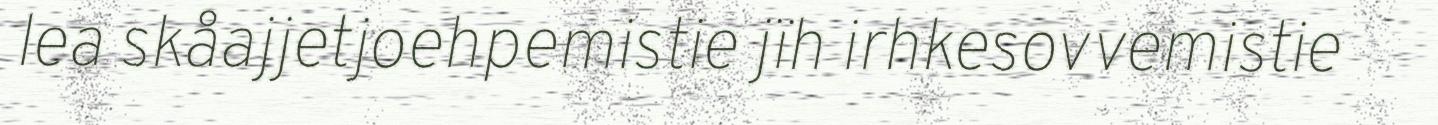
lea skåajjetjoehpemistie jïh irhkesovvemistie